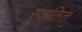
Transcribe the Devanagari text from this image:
रजतित